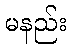
မနည်း